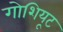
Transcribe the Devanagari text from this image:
गोशियूट